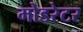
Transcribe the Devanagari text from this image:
मोडरेटर